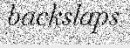
backslaps